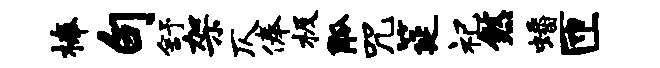
榛句舒架仄俸极觚咒筵祀煞蟠匝